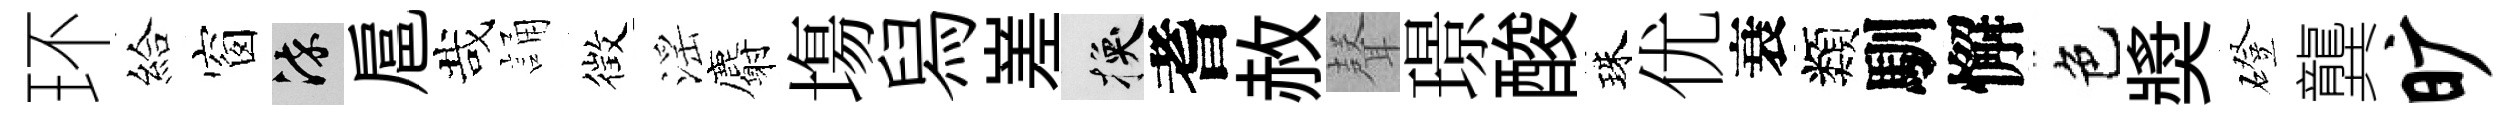
环給窗染扈哉誦徴滛麝塲舄嵳换耆赦𮋻璟酸珠优衰類馴懈色奬磴龔旷